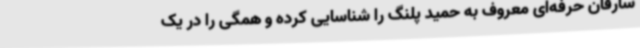
سارقان حرفه‌ای معروف به حمید پلنگ را شناسایی کرده و همگی را در یک